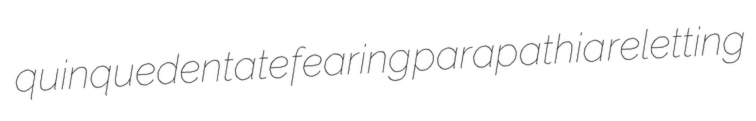
quinquedentate fearing parapathia reletting